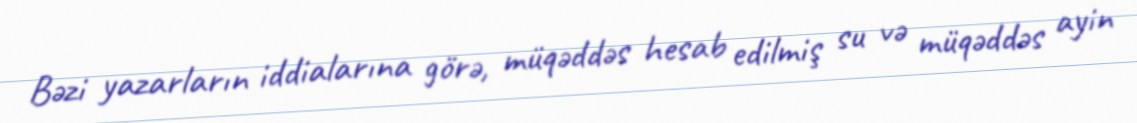
Bəzi yazarların iddialarına görə, müqəddəs hesab edilmiş su və müqəddəs ayin